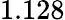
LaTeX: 1.128